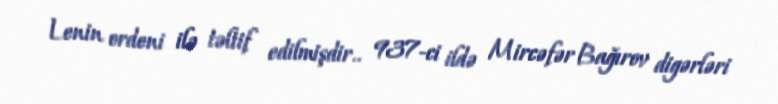
Lenin ordeni ilə təltif edilmişdir.. 937-ci ildə Mircəfər Bağırov digərləri